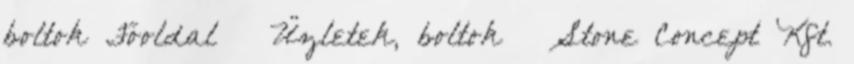
boltok Főoldal → Üzletek, boltok → Stone Concept Kft.